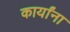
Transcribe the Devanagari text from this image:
कार्यांना